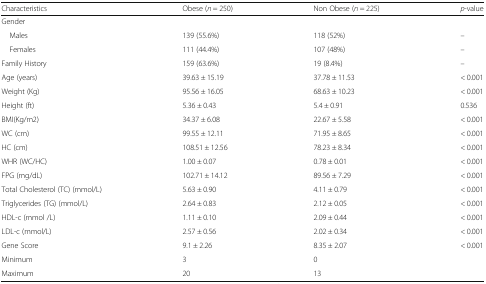
| Characteristics | Obese (n = 250) | Non Obese (n = 225) | p-value |
 | --- | --- | --- | --- |
 | <COLSPAN=4> Gender |
 | Males | 139 (55.6%) | 118 (52%) | – |
 | Females | 111 (44.4%) | 107 (48%) | – |
 | Family History | 159 (63.6%) | 19 (8.4%) | – |
 | Age (years) | 39.63 ± 15.19 | 37.78 ± 11.53 | < 0.001 |
 | Weight (Kg) | 95.56 ± 16.05 | 68.63 ± 10.23 | < 0.001 |
 | Height (ft) | 5.36 ± 0.43 | 5.4 ± 0.91 | 0.536 |
 | BMI(Kg/m2) | 34.37 ± 6.08 | 22.67 ± 5.58 | < 0.001 |
 | WC (cm) | 99.55 ± 12.11 | 71.95 ± 8.65 | < 0.001 |
 | HC (cm) | 108.51 ± 12.56 | 78.23 ± 8.34 | < 0.001 |
 | WHR (WC/HC) | 1.00 ± 0.07 | 0.78 ± 0.01 | < 0.001 |
 | FPG (mg/dL) | 102.71 ± 14.12 | 89.56 ± 7.29 | < 0.001 |
 | Total Cholesterol (TC) (mmol/L) | 5.63 ± 0.90 | 4.11 ± 0.79 | < 0.001 |
 | Triglycerides (TG) (mmol/L) | 2.64 ± 0.83 | 2.12 ± 0.05 | < 0.001 |
 | HDL-c (mmol /L) | 1.11 ± 0.10 | 2.09 ± 0.44 | < 0.001 |
 | LDL-c (mmol/L) | 2.57 ± 0.56 | 2.02 ± 0.34 | < 0.001 |
 | Gene Score | 9.1 ± 2.26 | 8.35 ± 2.07 | <ROWSPAN=3> < 0.001 |
 | Minimum | 3 | 0 |
 | Maximum | 20 | 13 |